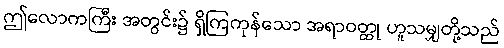
ဤလောကကြီး အတွင်း၌ ရှိကြကုန်သော အရာဝတ္ထု ဟူသမျှတို့သည်